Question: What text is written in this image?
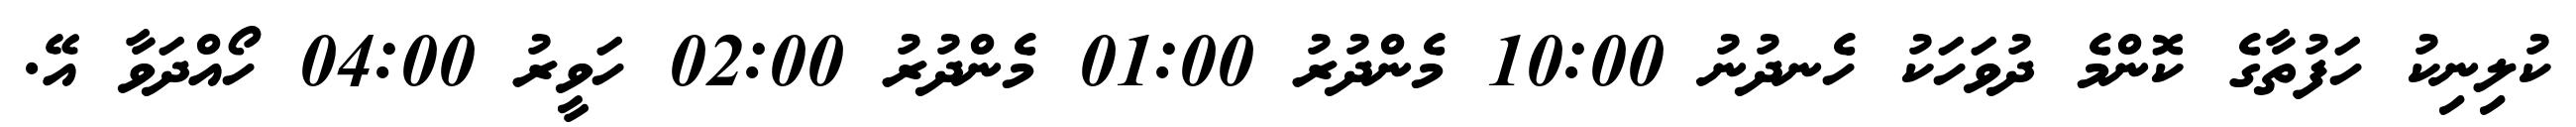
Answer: ކުލިނިކު ހަފުތާގެ ކޮންމެ ދުވަހަކު ހެނދުނު 10:00 މެންދުރު 01:00 މެންދުރު 02:00 ހަވީރު 04:00 ހޯއްދަވާ އޭ.